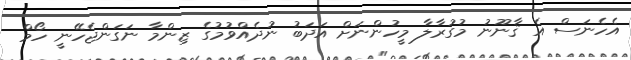
އެހެނަސް އެ ޤާނޫނު މުގުރާލާ މީހުންނަށް އަދަބު ނުދެއްވުމުގެ ޒިންމާ ނަގަންޖެހޭނީ ހޯމް